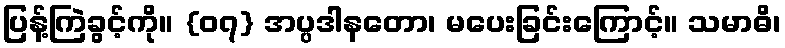
ပြန့်ကြဲခွင့်ကို။ {၀၇} အပ္ပဒါနတော၊ မပေးခြင်းကြောင့်။ သမာဓိ၊